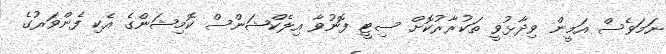
ނަމަވެސް އަމީން ވިދާޅުވީ ތަކުރާރުކޮށް ސިޓީ ފޮނުވާ އިލެކްޝަންސް ކޮމިޝަންގެ އެކި ފެންވަރުގެ